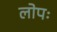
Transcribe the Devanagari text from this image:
लोपः